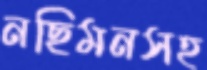
নছিমনসহ